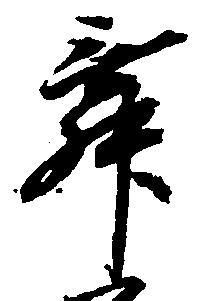
舞